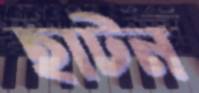
হাটন